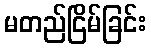
မတည်ငြိမ်ခြင်း